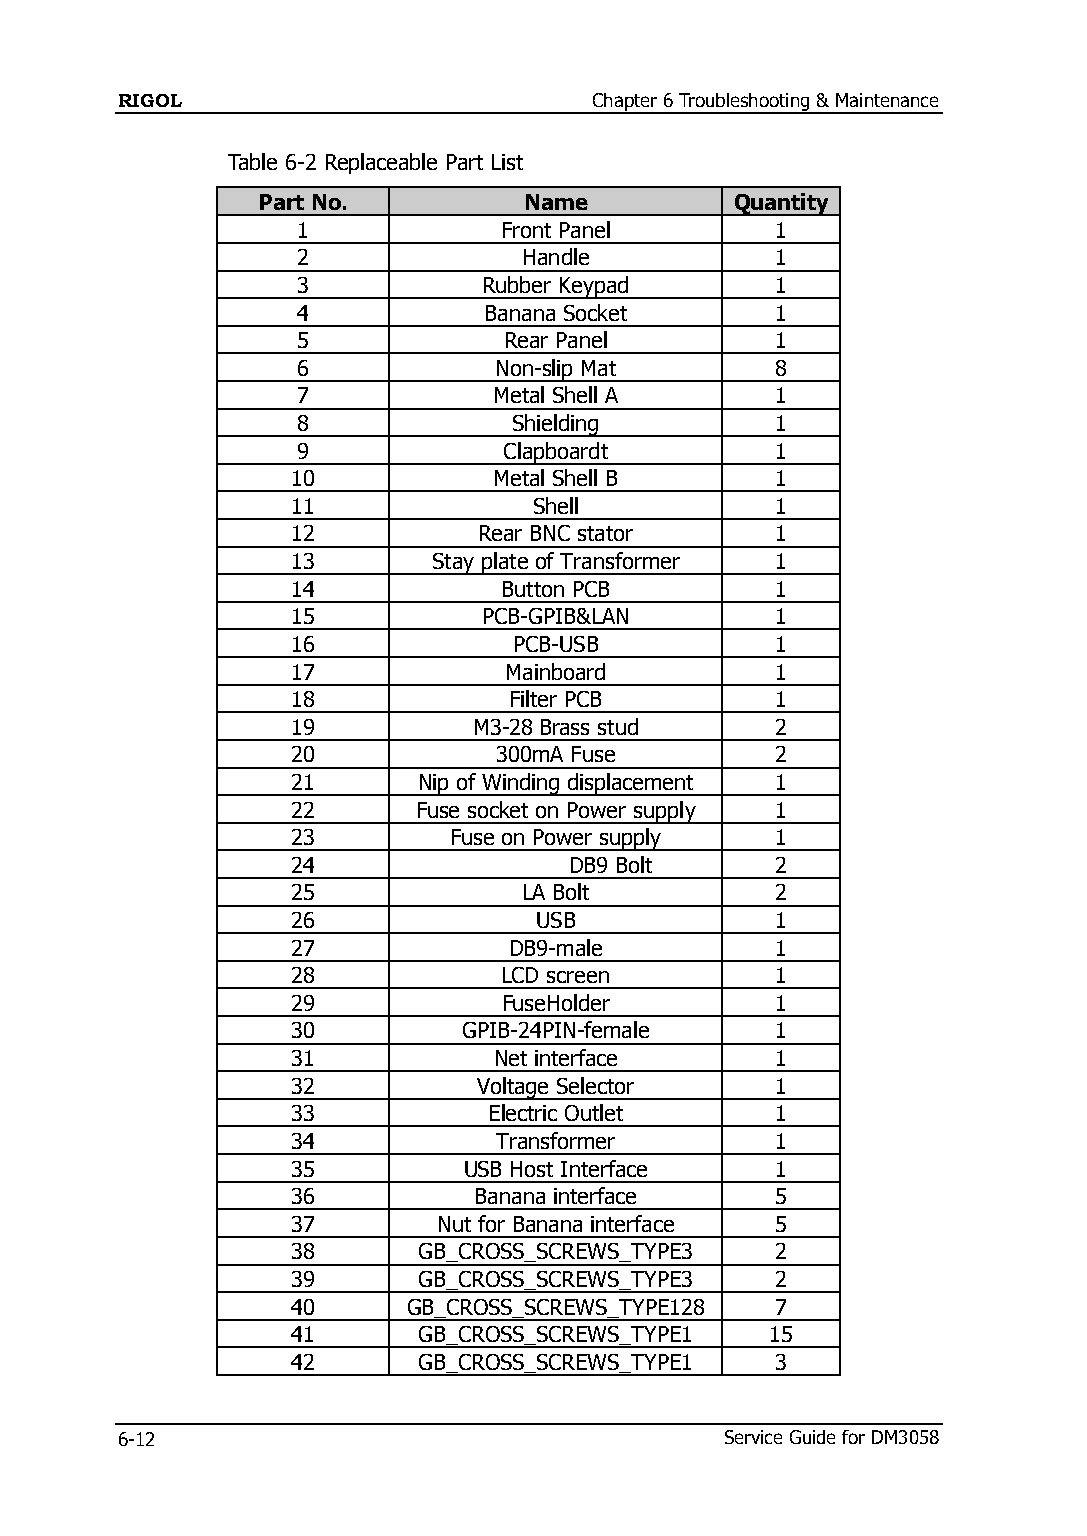
RIGOL                          Chapter 6 Troubleshooting & Maintenance
 Table 6-2 Replaceable Part List
 Part No.          Name          Quantity
 1            Front Panel       1
 2              Handle          1
 3           Rubber Keypad      1
 4           Banana Socket      1
 5            Rear Panel        1
 6            Non-slip Mat      8
 7            Metal Shell A     1
 8             Shielding        1
 9            Clapboardt        1
 10            Metal Shell B     1
 11              Shell           1
 12           Rear BNC stator    1
 13        Stay plate of Transformer 1
 14            Button PCB        1
 15           PCB-GPIB&LAN       1
 16             PCB-USB          1
 17            Mainboard         1
 18             Filter PCB       1
 19          M3-28 Brass stud    2
 20            300mA Fuse        2
 21       Nip of Winding displacement 1
 22       Fuse socket on Power supply 1
 23         Fuse on Power supply 1
 24                 DB9 Bolt     2
 25              LA Bolt         2
 26              USB             1
 27             DB9-male         1
 28            LCD screen        1
 29            FuseHolder        1
 30          GPIB-24PIN-female   1
 31            Net interface     1
 32           Voltage Selector   1
 33           Electric Outlet    1
 34            Transformer       1
 35          USB Host Interface  1
 36          Banana interface    5
 37        Nut for Banana interface 5
 38       GB_CROSS_SCREWS_TYPE3  2
 39       GB_CROSS_SCREWS_TYPE3  2
 40      GB_CROSS_SCREWS_TYPE128 7
 41       GB_CROSS_SCREWS_TYPE1  15
 42       GB_CROSS_SCREWS_TYPE1  3
 6-12                                    Service Guide for DM3058